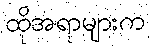
ထိုအရာများက